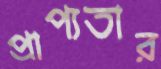
প্রাপ্যতার